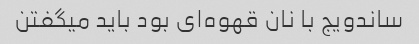
ساندویج با نان قهوه‌ای بود باید میگفتن